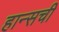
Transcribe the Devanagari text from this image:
हान्सची